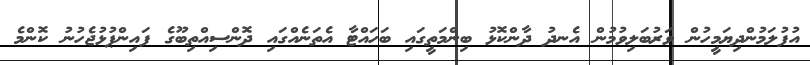
އުފުލަމުންދިޔަމީހުން ވަރުބަލިވުމުން އެނދު ދާންކޮޅު ބިންމަތީގައި ބަހައްޓާ އެތަނެއްގައި ދޮންސިއްތިބޫގެ ފައިންޕުޅުޖެހުނު ކޮންމެ